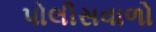
પોલીસવાળો